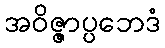
အဝိဇ္ဇာပ္ပဘေဒံ